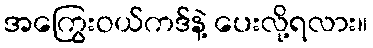
အကြွေးဝယ်ကဒ်နဲ့ ပေးလို့ရလား။